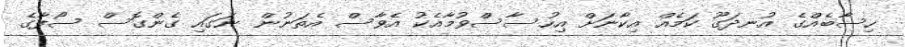
ހިސާބެއްގެ އުނދަގޫ ކަމެއް އިކާނަށް އިހުސާސްވުމާއެކު އެވާސް އެތަނުން ނަގައި ގެންގޮސް ސޯފާގެ